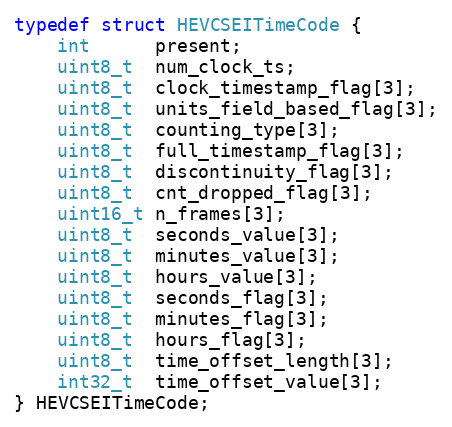
Language: C
typedef struct HEVCSEITimeCode {
    int      present;
    uint8_t  num_clock_ts;
    uint8_t  clock_timestamp_flag[3];
    uint8_t  units_field_based_flag[3];
    uint8_t  counting_type[3];
    uint8_t  full_timestamp_flag[3];
    uint8_t  discontinuity_flag[3];
    uint8_t  cnt_dropped_flag[3];
    uint16_t n_frames[3];
    uint8_t  seconds_value[3];
    uint8_t  minutes_value[3];
    uint8_t  hours_value[3];
    uint8_t  seconds_flag[3];
    uint8_t  minutes_flag[3];
    uint8_t  hours_flag[3];
    uint8_t  time_offset_length[3];
    int32_t  time_offset_value[3];
} HEVCSEITimeCode;